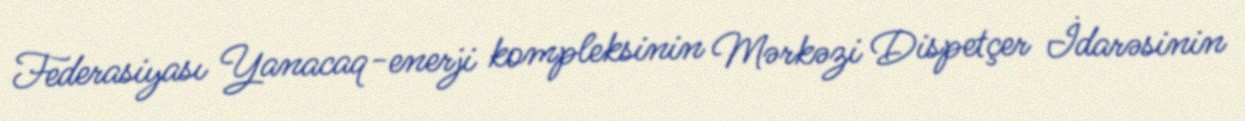
Federasiyası Yanacaq-enerji kompleksinin Mərkəzi Dispetçer İdarəsinin